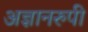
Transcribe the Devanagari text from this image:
अज्ञानरुपी